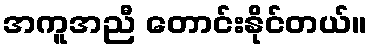
အကူအညီ တောင်းနိုင်တယ်။